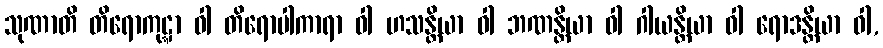
သုဏာတိ တိရောကုဋ္ဋာ ဝါ တိရောပါကာရာ ဝါ ဟသန္တိယာ ဝါ ဘဏန္တိယာ ဝါ ဂါယန္တိယာ ဝါ ရောဒန္တိယာ ဝါ,